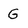
Character: G